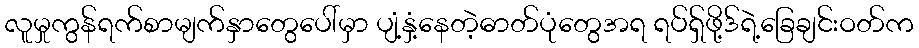
လူမှုကွန်ရက်စာမျက်နှာတွေပေါ်မှာ ပျံ့နှံ့နေတဲ့ဓာတ်ပုံတွေအရ ရပ်ရှ်ဖို့ဒ်ရဲ့ခြေချင်းဝတ်က